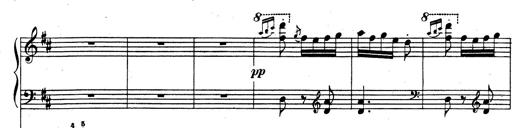
Title: Rhapsodie espagnole
Composer: Franz Liszt